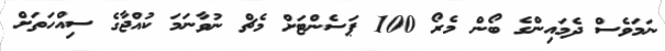
ނަމަވެސް ދެމައިންގެ ބޯން މެރޯ 100 ޕަސެންޓަށް މެޗް ނުވާނަމަ ކުއްޖާގެ ސިއްހަތަށް